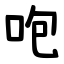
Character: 咆